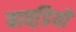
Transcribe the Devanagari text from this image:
बावडि़यों